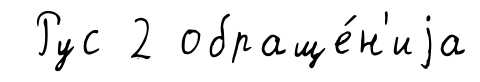
Рус 2 обраще́н'иjа